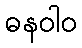
ဓနဝါဝ